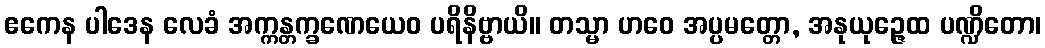
ဧကေန ပါဒေန လေခံ အက္ကန္တက္ခဏေယေဝ ပရိနိဗ္ဗာယိ။ တသ္မာ ဟဝေ အပ္ပမတ္တော, အနုယုဉ္ဇေထ ပဏ္ဍိတော၊